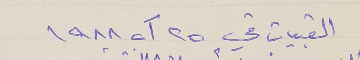
القبيات في ٢٥ آب ١٩٨٨